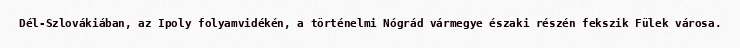
Dél-Szlovákiában, az Ipoly folyamvidékén, a történelmi Nógrád vármegye északi részén fekszik Fülek városa.